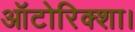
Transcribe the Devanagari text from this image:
ऑटोरिक्शा।